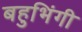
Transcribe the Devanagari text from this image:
बहुभिंगी